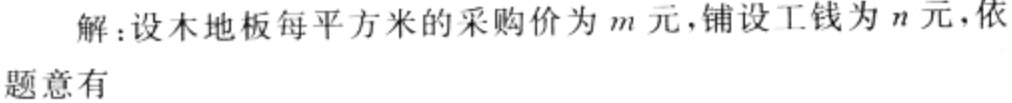
解：设木地板每平方米的采购价为\(m\)元,铺设工钱为\(n\)元,依题意有